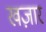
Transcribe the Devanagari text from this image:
खज़ार